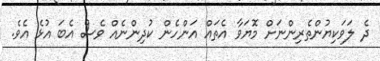
ދެ ލަވަކިޔުންތެރިންނަށް މޮޔަވާ އެތައް އަންހެން ކުދިންނެއް ވެސް އެބަ އުޅެ އެވެ.